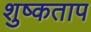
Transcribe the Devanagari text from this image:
शुष्कताप